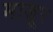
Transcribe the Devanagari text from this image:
माज़ूर